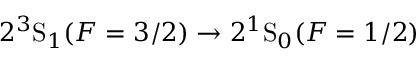
2 ^ { 3 } \mathrm { S } _ { 1 } ( F = 3 / 2 ) \rightarrow 2 ^ { 1 } \mathrm { S } _ { 0 } ( F = 1 / 2 )